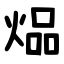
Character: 煰